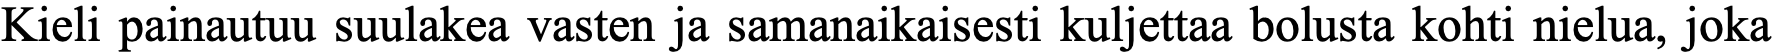
Kieli painautuu suulakea vasten ja samanaikaisesti kuljettaa bolusta kohti nielua, joka